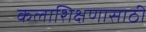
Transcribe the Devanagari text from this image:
कलाशिक्षणासाठी